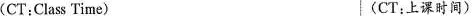
(CT:Class Time) (CT;上课时间)